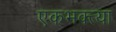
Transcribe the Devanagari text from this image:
एकभक्त्या